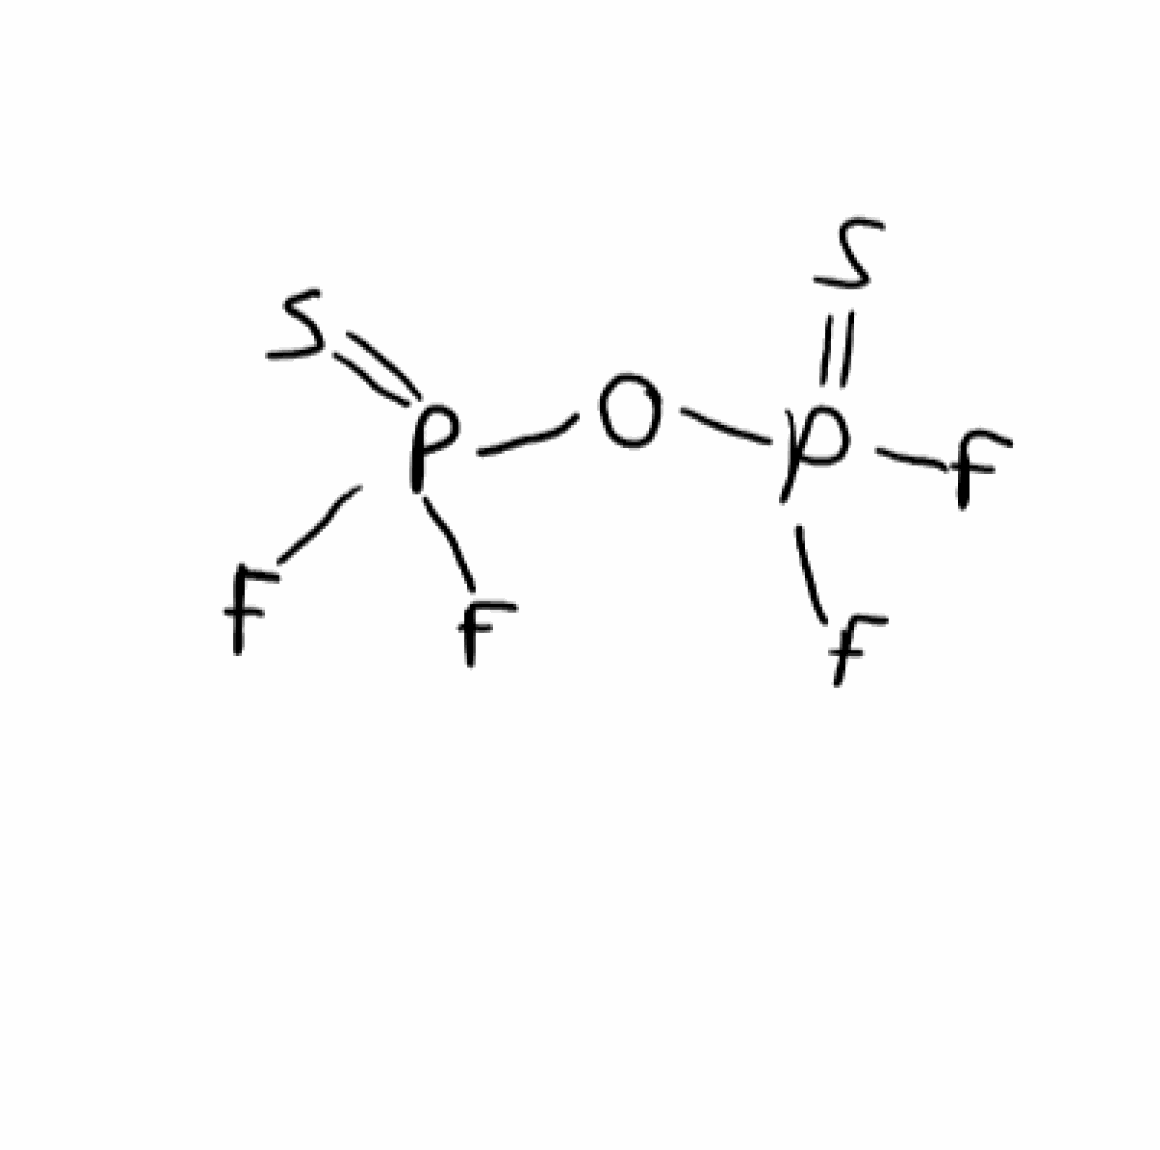
Simplified molecular-input line-entry system (SMILES) notation of the given molecule:
O(P(=S)(F)F)P(=S)(F)F